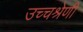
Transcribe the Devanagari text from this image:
उच्चश्रेणी